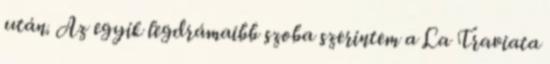
után. Az egyik legdrámaibb szoba szerintem a La Traviata